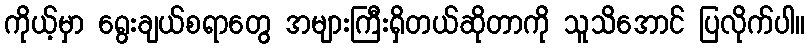
ကိုယ့်မှာ ရွေးချယ်စရာတွေ အများကြီးရှိတယ်ဆိုတာကို သူသိအောင် ပြလိုက်ပါ။